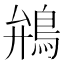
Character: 鴘